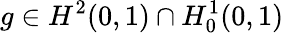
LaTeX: g\in H^{2}(0,1)\cap H_{0}^{1}(0,1)